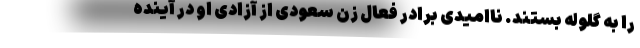
را به گلوله بستند. ناامیدی برادر فعال زن سعودی از آزادی او در آینده